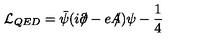
\mathcal { L } _ { Q E D } = \bar { \psi } ( i \partial \! \! \! / - e A \! \! \! / ) \psi - \frac { 1 } { 4 }